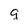
Character: q